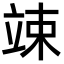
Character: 竦